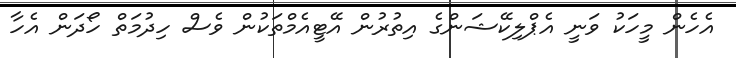
އެހެން މީހަކު ވަނީ އެޕްލިކޭޝަންގެ އިތުރުން އޭޓީއެމްތަކުން ވެސް ހިދުމަތް ހޯދަން އެހާ